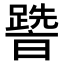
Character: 𨅩